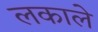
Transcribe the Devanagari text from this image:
लकाले